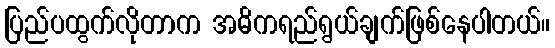
ပြည်ပထွက်လိုတာက အဓိကရည်ရွယ်ချက်ဖြစ်နေပါတယ်။